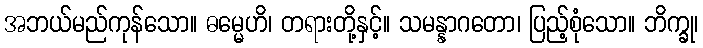
အဘယ်မည်ကုန်သော။ ဓမ္မေဟိ၊ တရားတို့နှင့်။ သမန္နာဂတော၊ ပြည့်စုံသော။ ဘိက္ခု၊